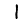
Digit: 1